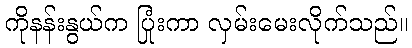
ကိုနန်းနွယ်က ပြုံးကာ လှမ်းမေးလိုက်သည်။